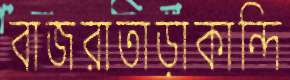
বাজরাতাড়াকান্দি